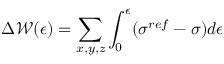
\Delta { \mathcal { W } ( \epsilon ) } = \sum _ { x , y , z } \int _ { 0 } ^ { \epsilon } ( \sigma ^ { r e f } - \sigma ) d \epsilon